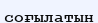
соғылатын